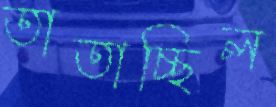
তাতাচ্ছিল